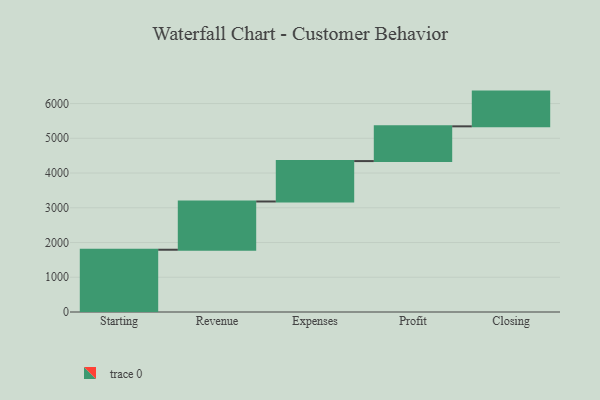
{"axis": {"x": "Step", "y": "Value"}, "legend": [""], "data": [{"x": "Starting", "y": 1792.0, "type": ""}, {"x": "Revenue", "y": 1389.0, "type": ""}, {"x": "Expenses", "y": 1163.0, "type": ""}, {"x": "Profit", "y": 1000, "type": ""}, {"x": "Closing", "y": 1000, "type": ""}]}